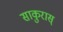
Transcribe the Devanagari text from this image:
साकुरास्